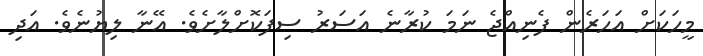
މީހަކަށް އަހަރެން ފެނިއްޖެ ނަމަ ކުރާނެ އަސަރު ސިފަކޮށްލާށެވެ. އޭނާ ލިޔުނެވެ. އަދި